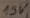
Text: 15V